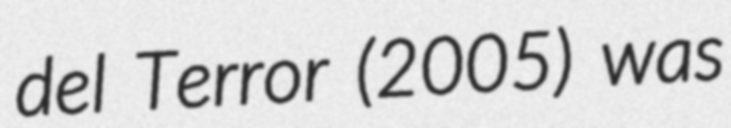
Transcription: del Terror (2005) was